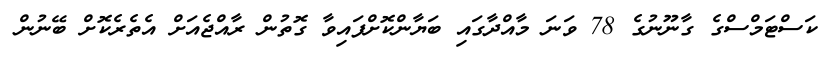
ކަސްޓަމްސްގެ ގާނޫނުގެ 78 ވަނަ މާއްދާގައި ބަޔާންކޮށްފައިވާ ގޮތުން ރާއްޖެއަށް އެތެރެކޮށް ބޭނުން